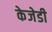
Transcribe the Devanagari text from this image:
केजेडी